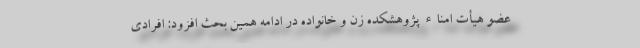
عضو هیأت امناء پژوهشکده زن و خانواده در ادامه همین بحث افزود: افرادی